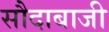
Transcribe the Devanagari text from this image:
सौदाबाजी